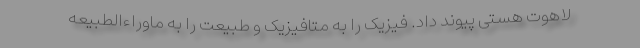
لاهوت هستی پیوند داد. فیزیک را به متافیزیک و طبیعت را به ماوراءالطبیعه